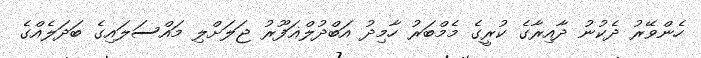
ހެންވޭރު ދެކުނު ދާއިރާގެ ކުރީގެ މެމްބަރު ހާމިދު އަބްދުލްޣަފޫރު ޖަލަށްލި މައްސަލައިގެ ބަދަލެއްގެ